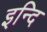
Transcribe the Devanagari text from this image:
इन्दि